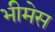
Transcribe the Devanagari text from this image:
भीमेस